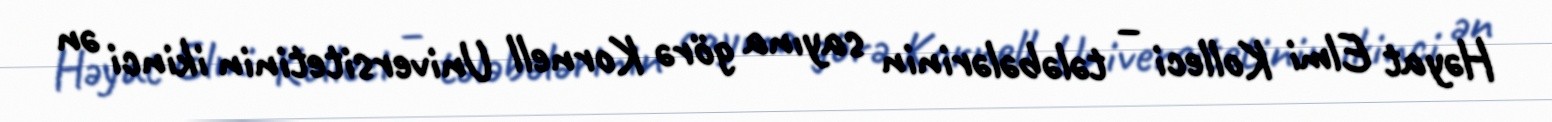
Həyat Elmi Kolleci – tələbələrinin sayına görə Kornell Universitetinin ikinci ən